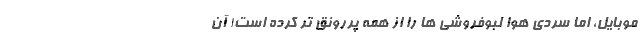
موبایل، اما سردی هوا لبوفروشی ها را از همه پررونق تر کرده است! آن